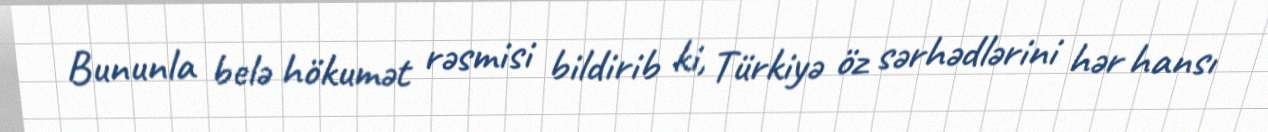
Bununla belə hökumət rəsmisi bildirib ki, Türkiyə öz sərhədlərini hər hansı